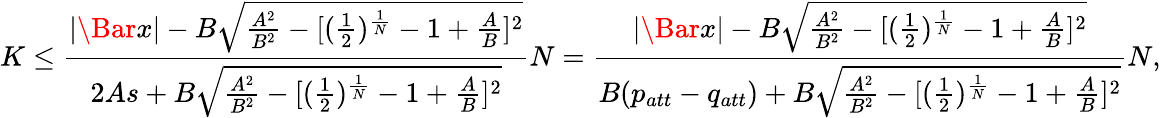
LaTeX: K\leq\frac{|\Bar{x}|-B\sqrt{\frac{A^{2}}{B^{2}}-[(\frac{1}{2})^{\frac{1}{N}}-1+\frac{A}{B}]^{2}}}{2As+B\sqrt{\frac{A^{2}}{B^{2}}-[(\frac{1}{2})^{\frac{1}{N}}-1+\frac{A}{B}]^{2}}}N=\frac{|\Bar{x}|-B\sqrt{\frac{A^{2}}{B^{2}}-[(\frac{1}{2})^{\frac{1}{N}}-1+\frac{A}{B}]^{2}}}{B(p_{att}-q_{att})+B\sqrt{\frac{A^{2}}{B^{2}}-[(\frac{1}{2})^{\frac{1}{N}}-1+\frac{A}{B}]^{2}}}N,